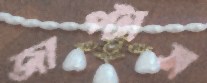
জাপ্‌টাস